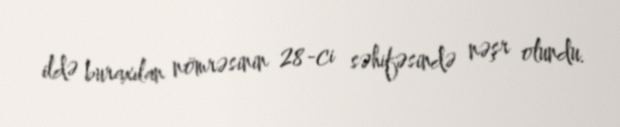
ildə buraxılan nömrəsinin 28-ci səhifəsində nəşr olundu.